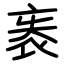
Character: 袠